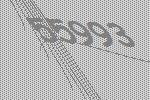
55993